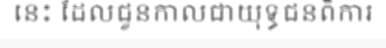
នេះ ដែលជួនកាលជាយុទ្ធជនពិការ